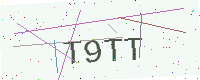
Text: T9TT